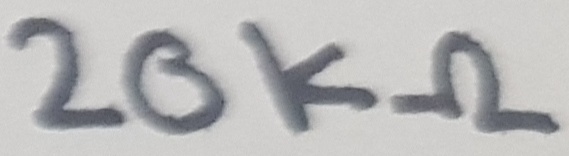
Text: 20KΩ